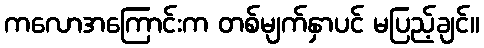
ကလောအကြောင်းက တစ်မျက်နှာပင် မပြည့်ချင်။